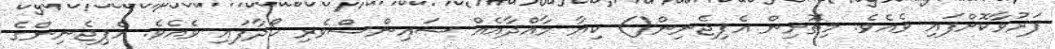
ފަރުވާކޮށްފައި ވެއެވެ. މިތޮށިން އެޕިޖެނިން() ކިޔާ މާއްދާއެއް ސައިންސްވެރި ހޯދާފައި ވެއެވެ. އެޕިޖެނިންގެ